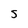
Character: S